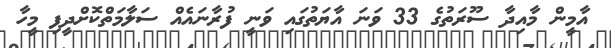
އާމީން މާއިދާ ސޫރަތުގެ 33 ވަނަ އާޔަތުގައި ވަނީ ފުރާނައެއް ސަލާމަތްކޮށްދީފި މީހާ